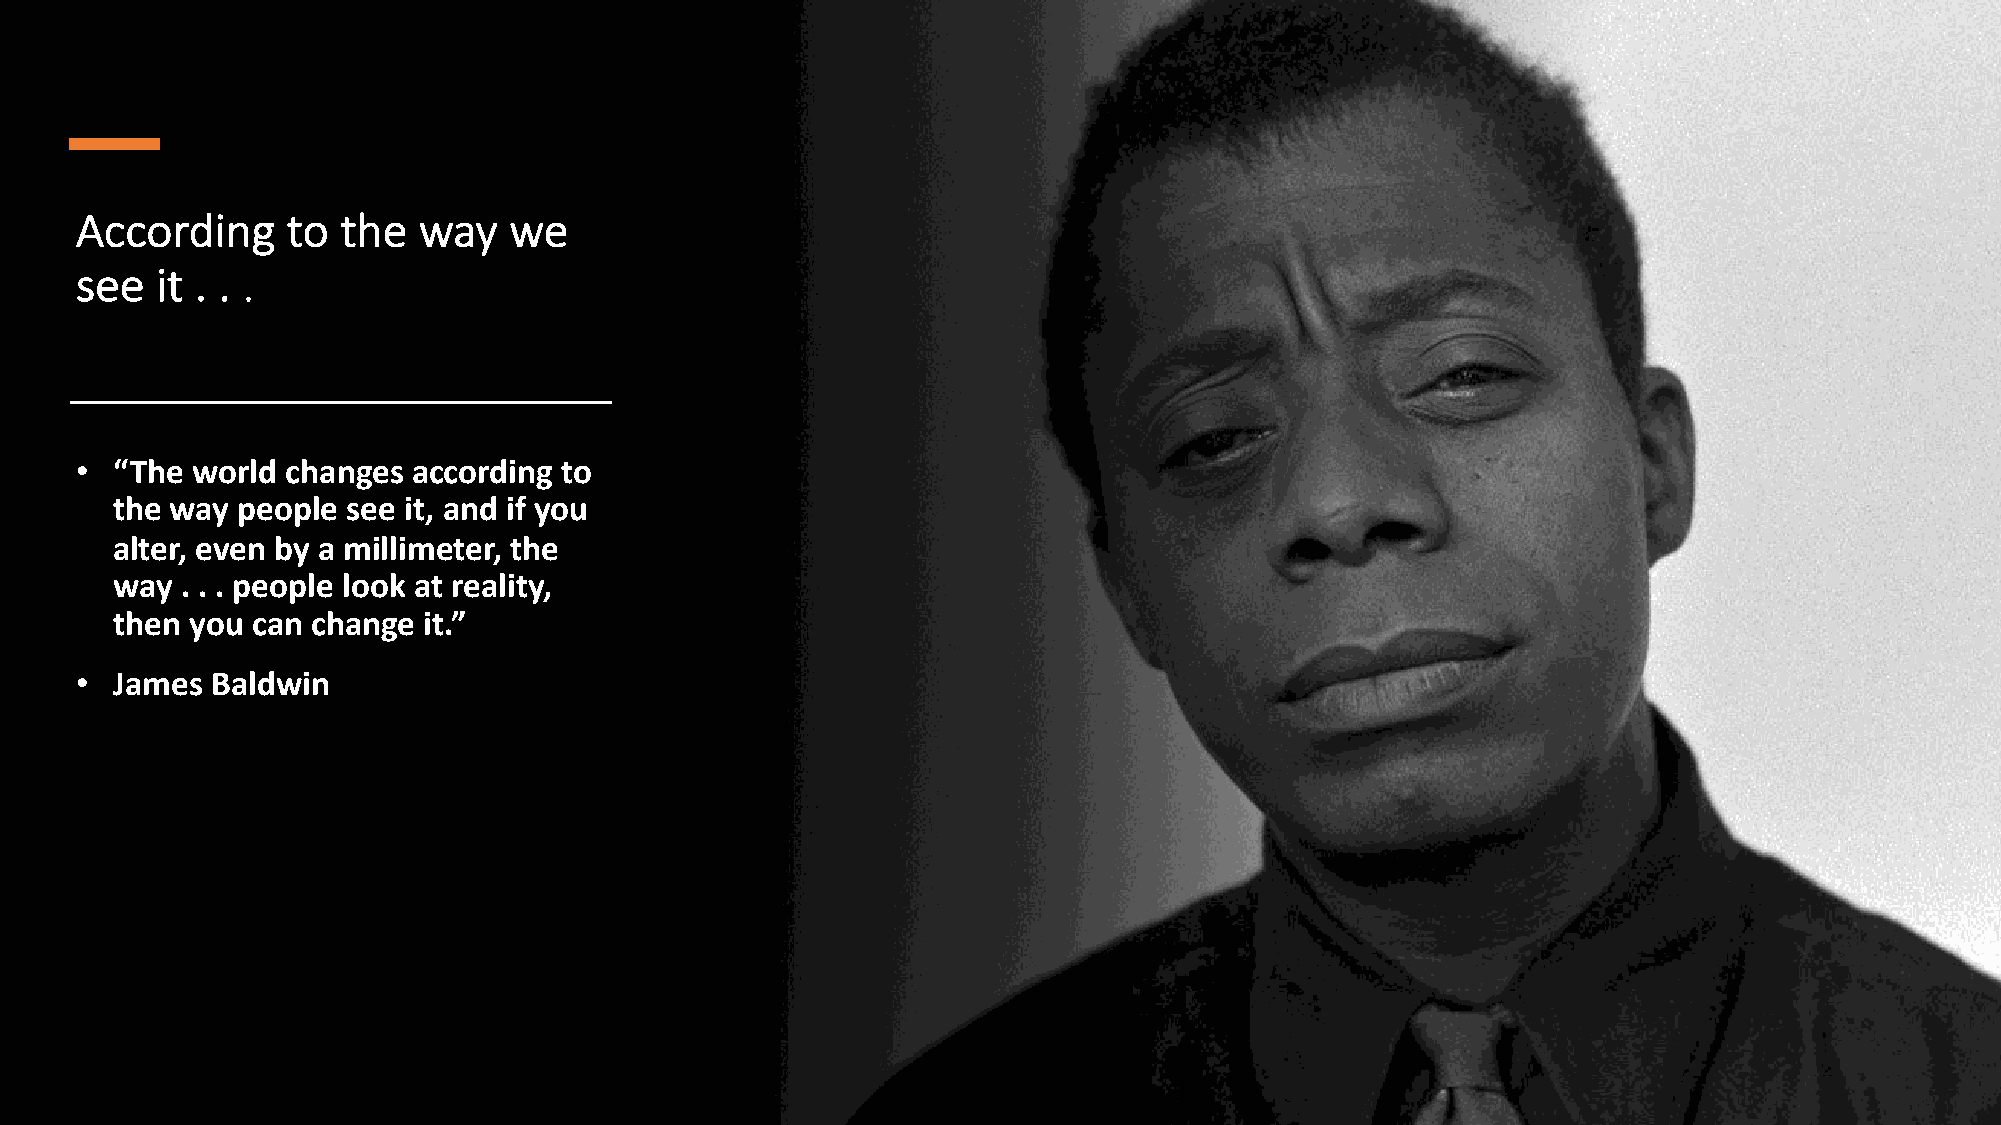
According     to  the  way   we
 see  it . . .
 •  “The world changes according to
 the way people see it, and if you
 alter, even by a millimeter, the
 way . . . people look at reality,
 then you can change it.”
 •  James Baldwin